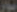
موار